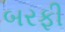
બરફી